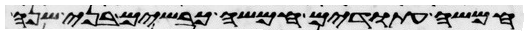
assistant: חמשה עתודים חמשה כבשים בני שנה